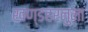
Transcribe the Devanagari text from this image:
खण्डहरनुमा